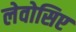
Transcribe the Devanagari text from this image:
लेवोसिए